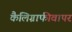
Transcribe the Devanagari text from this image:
कैलिग्राफीवापर